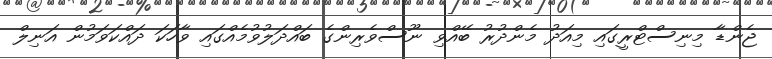
ޖެންޑާ މިނިސްޓްރީގައި މިއަދު މެންދުރު ބޭއްވި ނޫސްވެރިންގެ ބައްދަލުވުމެއްގައި ވާހަކަ ދައްކަވަމުން އަނިލް